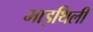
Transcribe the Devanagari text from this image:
माइथिली